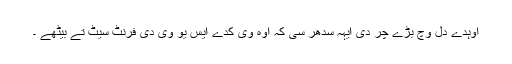
اوہدے دل وچ بڑے چر دی ایہہ سدھر سی کہ اوہ وی کدے ایس یو وی دی فرنٹ سیٹ تے بیٹھے ۔